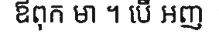
ឪពុក មា ។ បើ អញ